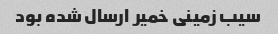
سیب زمینی خمیر ارسال شده بود